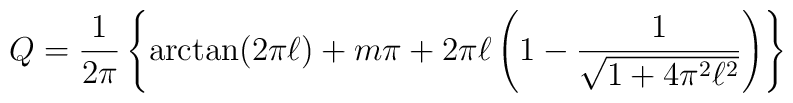
Q=\frac{1}{2\pi}\left\{{\arctan}(2{\pi}{\ell})+m\pi+2{\pi}{\ell}\left(1-\frac{1}{\sqrt{1+4{\pi}^2{\ell}^2}}\right)\right\}